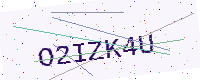
Text: O2IZK4U